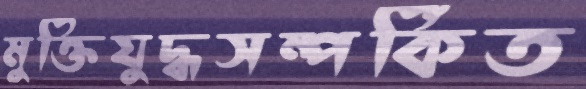
মুক্তিযুদ্ধসম্পর্কিত